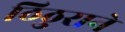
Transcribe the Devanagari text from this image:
ठिठुराने